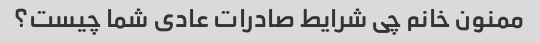
ممنون خانم چی شرایط صادرات عادی شما چیست؟